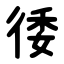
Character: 㣦